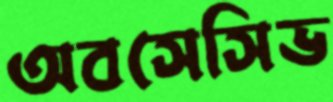
অবসেসিভ